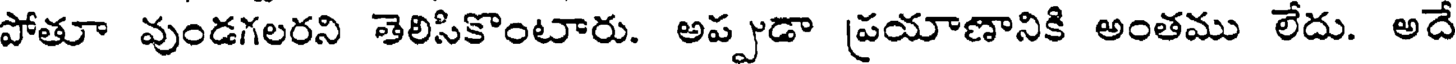
పోతూ వుండగలరని తెలిసికొంటారు. అప్పుడా ప్రయాణానికి అంతము లేదు. అదే